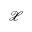
\mathcal X